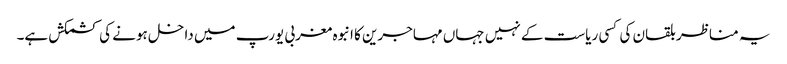
یہ مناظر بلقان کی کسی ریاست کے نہیں جہاں مہاجرین کا انبوہ مغربی یورپ میں داخل ہونے کی کشمکش ہے۔